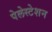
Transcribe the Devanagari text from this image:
पेलेस्टेशन